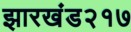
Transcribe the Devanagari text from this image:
झारखंड२१७